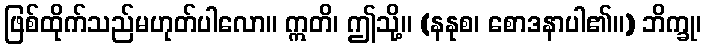
ဖြစ်ထိုက်သည်မဟုတ်ပါလော။ ဣတိ၊ ဤသို့။ (နနုစ၊ စောဒနာပါ၏။) ဘိက္ခု၊